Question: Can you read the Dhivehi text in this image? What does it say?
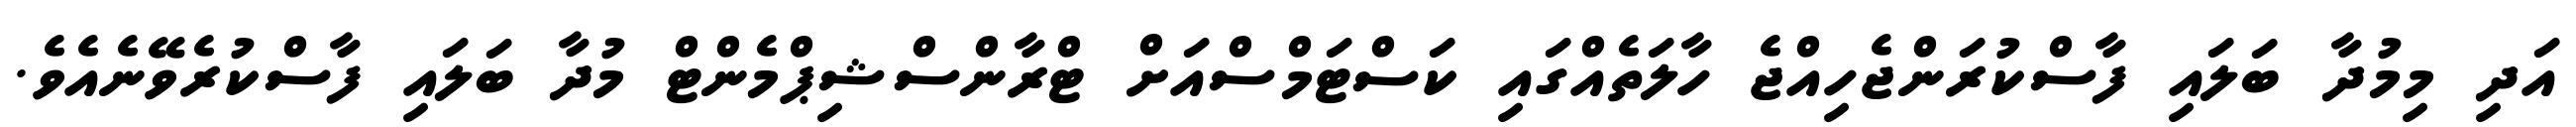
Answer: އަދި މިމުދާ ބަލައި ފާސްކުރަންޖެހިއްޖެ ހާލަތެއްގައި ކަސްޓަމްސްއަށް ޓްރާންސްޝިޕްމެންޓް މުދާ ބަލައި ފާސްކުރެވޭނެއެވެ.